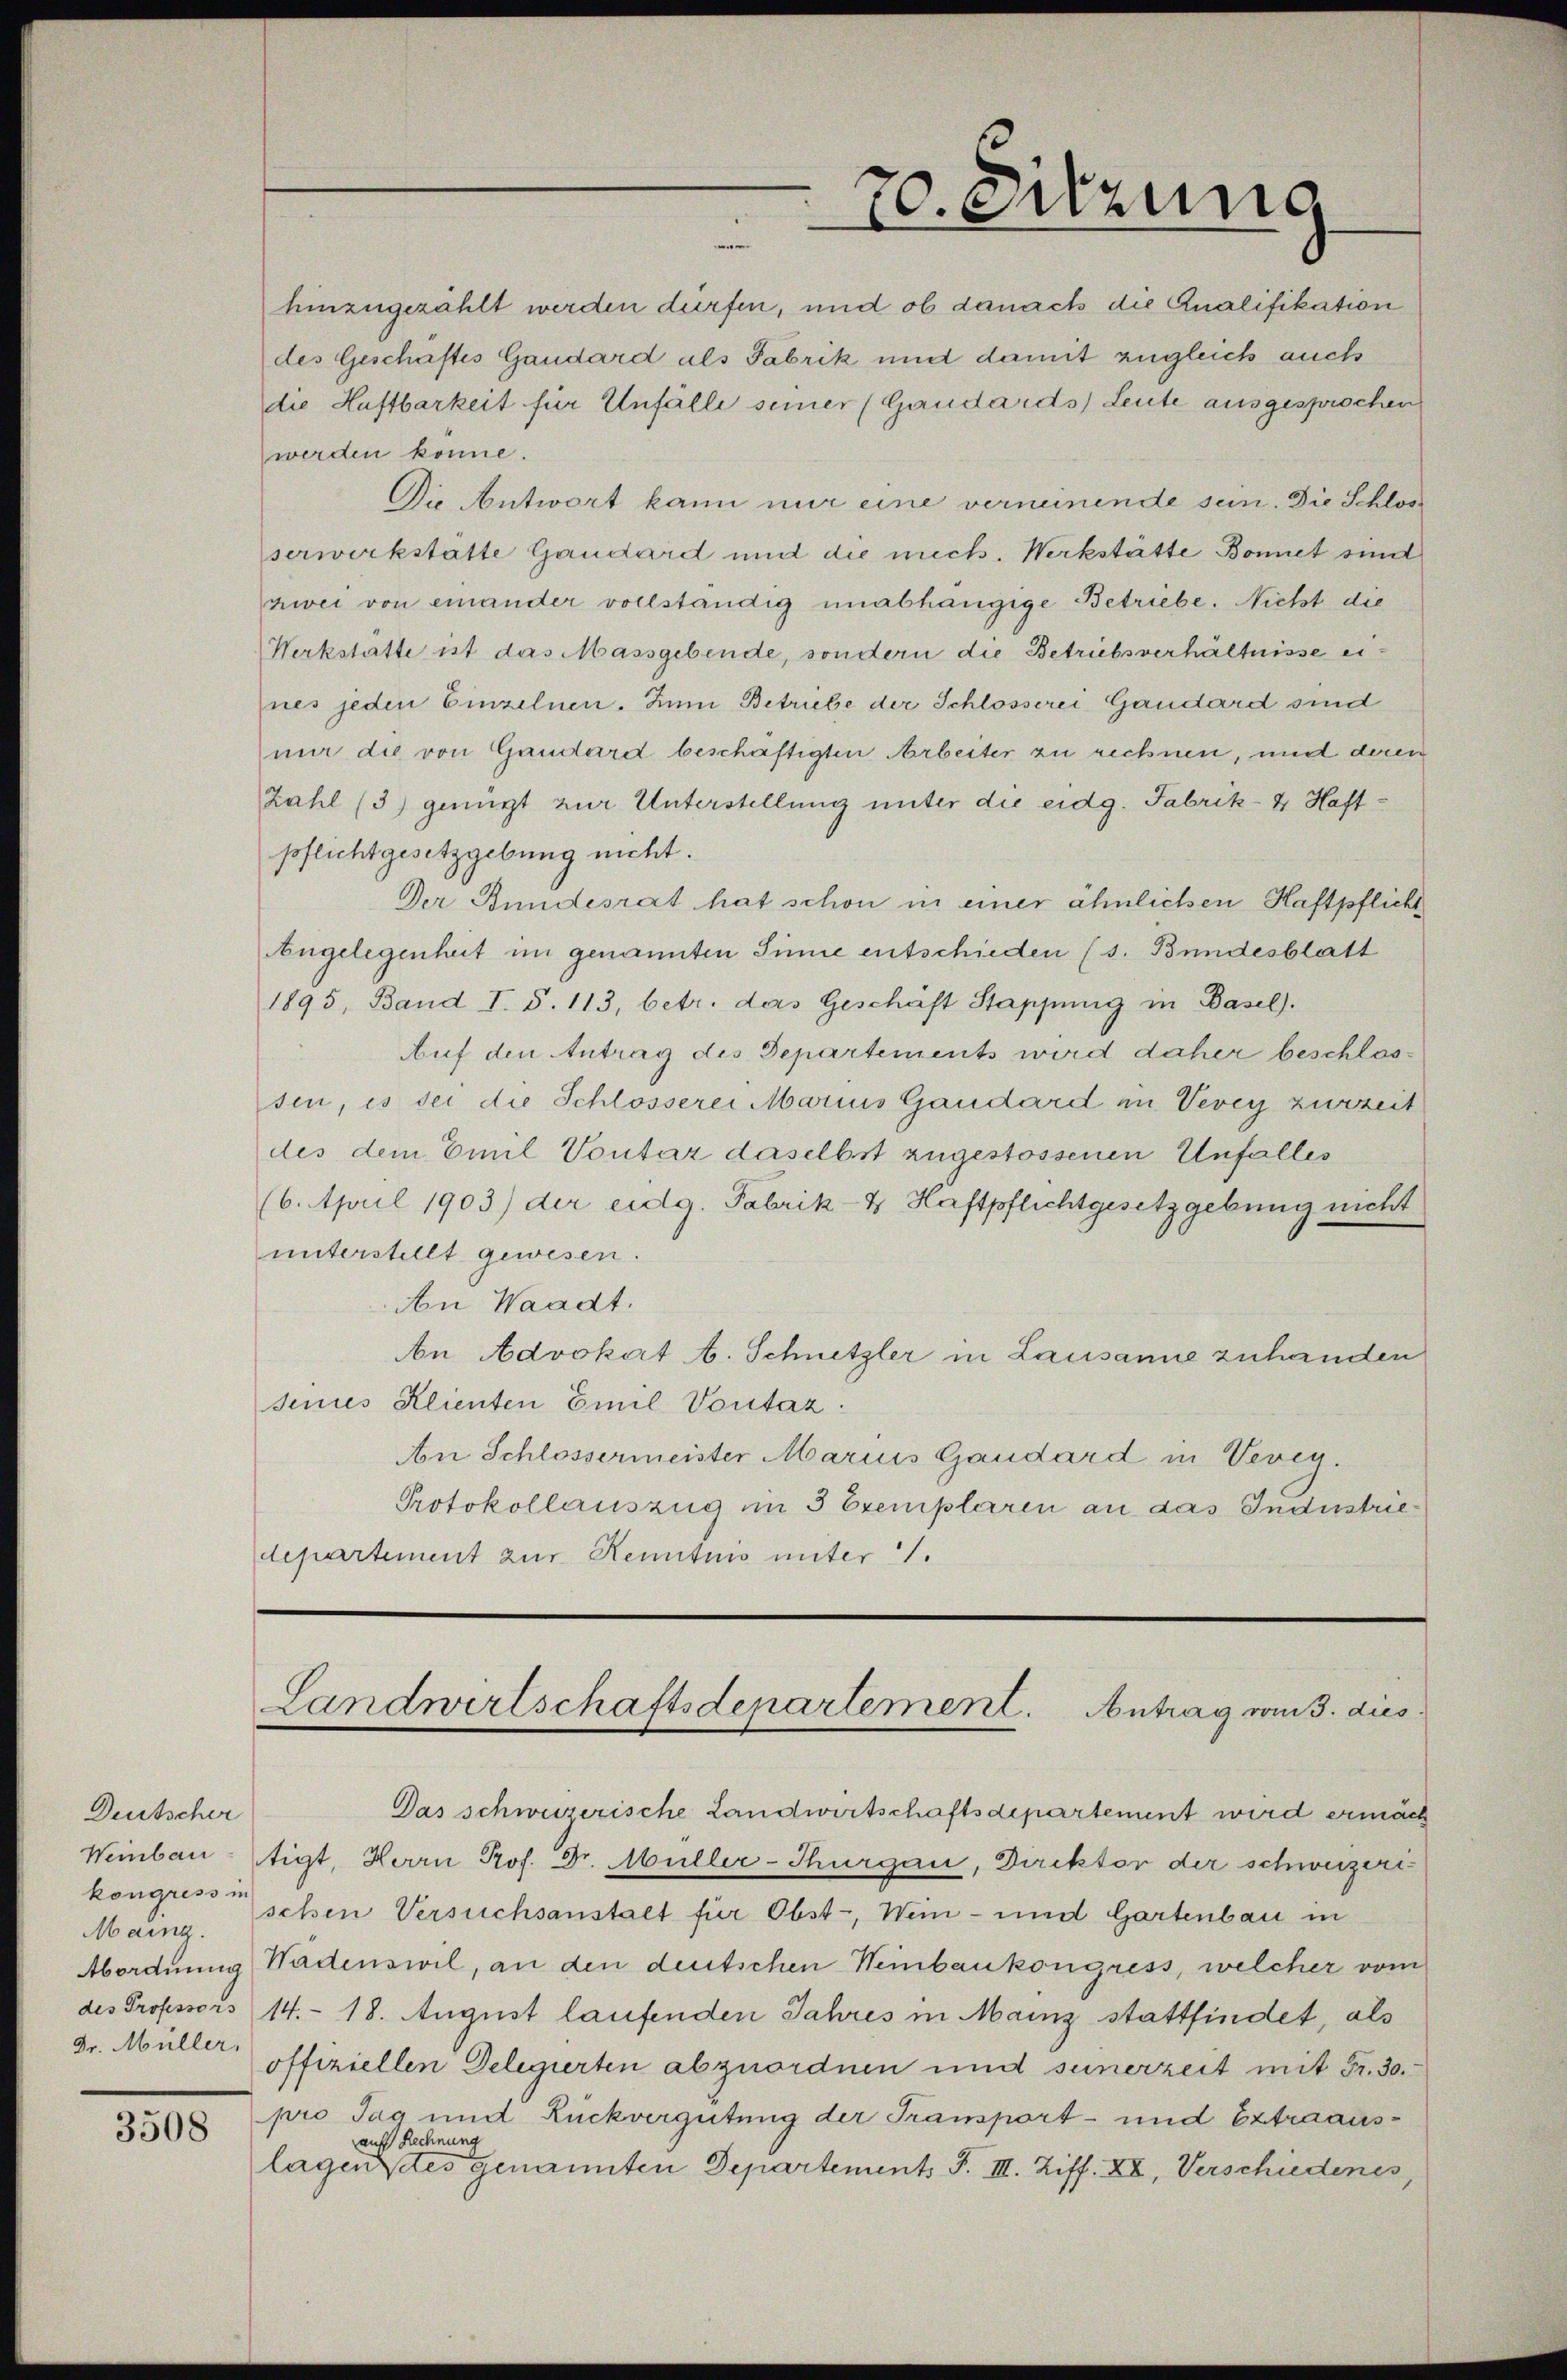
Deutscher
kongress in
3508

hinzugezählt werden dürfen, und ob danach die Qualifikation
des Geschäftes Gaudard als Fabrik und damit zugleich auch
die Haftbarkeit für Unfälle seiner (Gaudards Leute ausgesprochen
werden könne.
Die Antwort kann nur eine verneinende sein. Die Schloss
serwerkstatte Gaudard und die mech. Werkstätte Bonnet sind
zwei von einander vollständig unabhängige Betriebe. Nicht die
Werkstätte ist das Massgebende, sondern die Betriebsverhältnisse eines jeden Einzelnen. Zum Betriebe der Schlosserei Gaudard sind
nn die von Gaudard beschäftigten Arbeiter zu rechnen, und deren
Zahl (3) genügt zur Unterstellung unter die eidg. Fabrik- & Haft-
pflichtgesetzgebung nicht.
Der Bundesrat hat schon in einer ähnlichen Haftpflicht
Angelegenheit im genannten Sinne entschieden (s. Bundesblatt
1895, Band I. S. 113, betr. das Geschäft Stappung in Basel.
Auf den Antrag des Departements wird daher beschlossen, es sei die Schlosserei Marius Gaudard in Vevey zurzeit
des dem Emil Vontar daselbst zugestossenen Unfalles
(6. April 1903) der eidg. Fabrik-4 Haftpflichtgesetzgebung nicht
unterstellt gewesen.
An Waadt.
n Advokat A. Schnetzler in Lausanne zuhanden
seines Klienten Emil Voutaz
An Schlossermeister Marius Gaudard in Veveg.
Protokollauszug im 3 Exemplaren an das Industrie
departement zur Kenntnis unter 1.

70. Sitzung
e

Landwirtschaftsdepartement. Antrag vom 3. dies

Das schweizerische Landwirtschaftsdepartement wird ermäch
Weinbau tigt, Herrn Prof. Dr. Müller-Thurgau, Direktor der schweizeri¬
Maing, schen Versuchsanstalt für Obst-, Wein- und Gartenbau in
Abordnung Wadenswil, an den deutschen Weinbaukongress, welcher vom
des Professors 14. 18. August laufenden Jahres in Mainz stattfindet, als
Dr. Müller offiziellen Delegierten abzuordnen und seinerzeit mit Fr. 30.
pro Tag und Rückvergütung der Transport- und Extraausauf Rechnung
lagen des genannten Departements F. III. Ziff. XV, Verschiedenes,